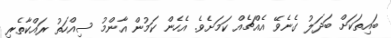
ބައިތަކަށް ބަދަލު ގެނެވޭ އެއްޗެއް ކަމަށެވެ. އެހެން ކަމުން އާންމު ސިއްހަތު ރައްކާތެރި